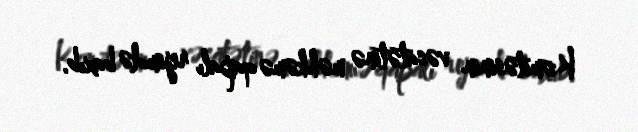
Komitəsinin vəsatətinə məhkəmə qapalı rejimdə baxıb.